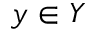
y \in Y